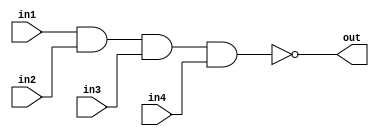
/*
    CS/ECE 552 Spring '22
    Homework #1, Problem 2

    4 input NAND
*/
module nand4 (out,in1,in2,in3,in4);
    output out;
    input in1,in2,in3, in4;
    assign out = ~(in1 & in2 & in3 & in4);
endmodule